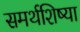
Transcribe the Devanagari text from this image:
समर्थशिष्या